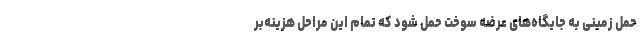
حمل زمینی به جایگاه‌های عرضه سوخت حمل شود که تمام این مراحل هزینه‌بر